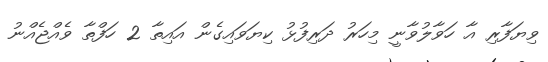
ވިޔަފާރި އާ ހަވާލުވާނީ މިހަަރު ދަރިފުޅު ކިޔަވައިގެން އައިތާ 2 ހަފްތާ ވެއްޖެއްނު